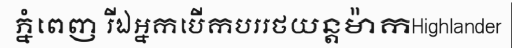
ភ្នំពេញ រីឯអ្នកបើកបររថយន្តម៉ាកHighlander